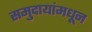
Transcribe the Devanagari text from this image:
समुदायांमधून